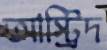
আস্ট্রিদ